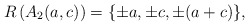
\begin{align*}R\left(A_2(a,c)\right) = \{\pm a, \pm c, \pm (a + c)\},\end{align*}